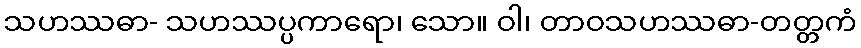
သဟဿဓာ- သဟဿပ္ပကာရော၊ သော။ ဝါ၊ တာဝသဟဿဓာ-တတ္တကံ